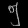
Digit: ၅